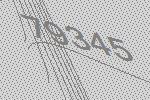
79345